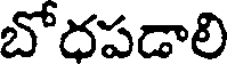
బోదపడాలి